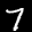
Label: 7